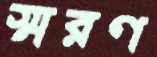
স্মরণ